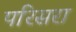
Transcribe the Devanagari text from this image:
परिसरा